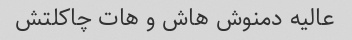
عالیه دمنوش هاش و هات چاکلتش